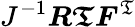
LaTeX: J^{-1}{\boldsymbol{R}}{\boldsymbol{\mathfrak{T}}}{\boldsymbol{F}}^{\mathfrak{T}}